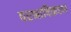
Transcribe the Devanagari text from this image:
परभाषिकपण